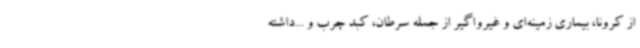
از کرونا، بیماری زمینه‌ای و غیرواگیر از جمله سرطان، کبد چرب و ...داشته